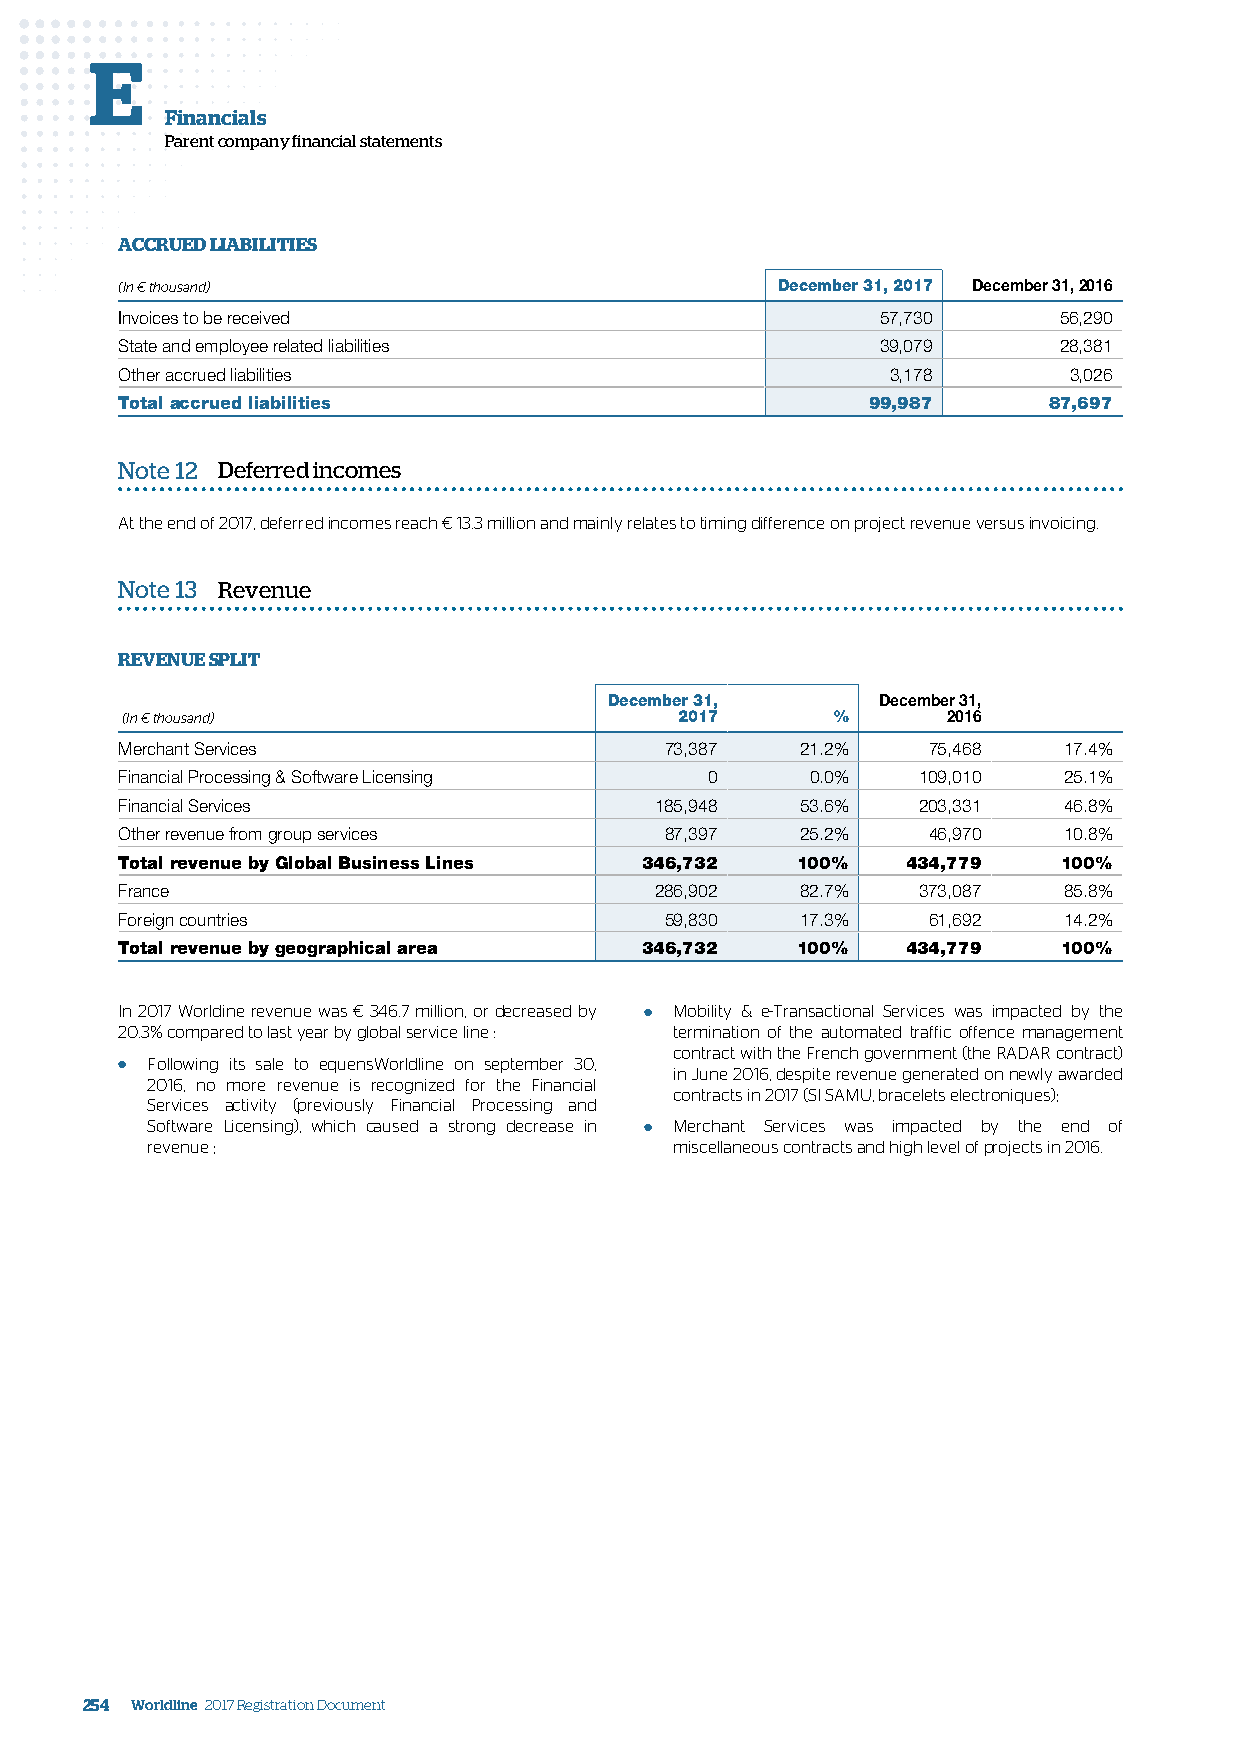
E
 Financials
 Parent company financial statements
 ACCRUED LIABILITIES
 (In € thousand)                            December 31, 2017 December 31, 2016
 Invoices to be received                           57,730      56,290
 State and employee related liabilities            39,079      28,381
 Other accrued liabilities                          3,178       3,026
 Total accrued liabilities                         99,987     87,697
 Note 12 Deferred incomes
 At the end of 2017, deferred incomes reach € 13.3 million and mainly relates to timing difference on project revenue versus invoicing.
 Note 13 Revenue
 REVENUE SPLIT
 December 31,      December 31,
 (In € thousand)                      2017      %       2016
 Merchant Services                   73,387   21.2%   75,468   17.4%
 Financial Processing & Software Licensing 0   0.0%   109,010  25.1%
 Financial Services                 185,948   53.6%   203,331  46.8%
 Other revenue from group services   87,397   25.2%   46,970   10.8%
 Total revenue by Global Business Lines 346,732 100% 434,779   100%
 France                             286,902   82.7%   373,087  85.8%
 Foreign countries                   59,830   17.3%   61,692   14.2%
 Total revenue by geographical area 346,732   100%   434,779   100%
 In 2017 Worldine revenue was € 346.7 million, or decreased by ● Mobility & e-Transactional Services was impacted by the
 20.3% compared to last year by global service line : termination of the automated traffic offence management
 contract with the French government (the RADAR contract)
 ● Following its sale to equensWorldline on september 30, in June 2016, despite revenue generated on newly awarded
 2016, no more revenue is recognized for the Financial
 contracts in 2017 (SI SAMU, bracelets electroniques);
 Services activity (previously Financial Processing and
 Software Licensing), which caused a strong decrease in ● Merchant Services was impacted by the end of
 revenue ;                          miscellaneous contracts and high level of projects in 2016.
 254 Worldline 2017 Registration Document